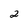
Character: 2